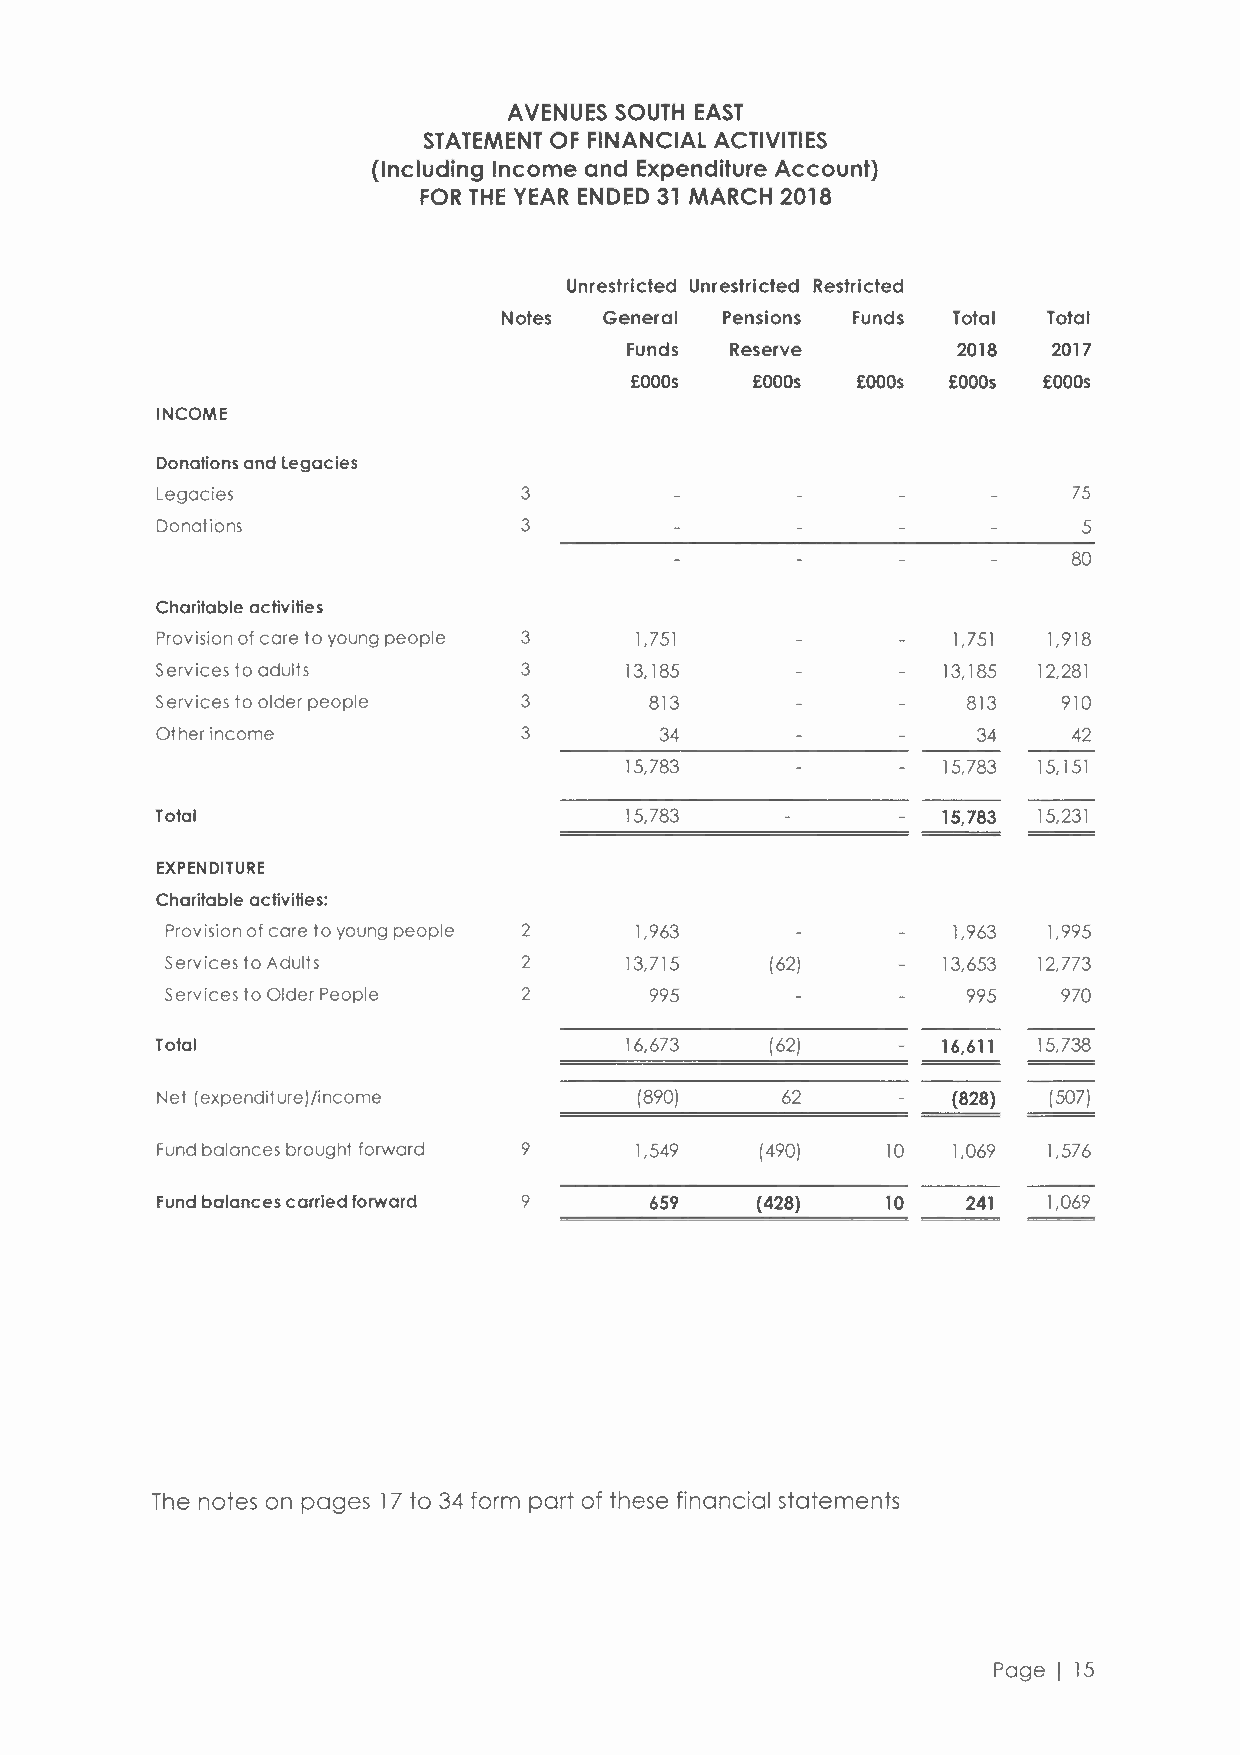
AVENUES SOUTH EAST
 STATEMENT OF FINANCIAL ACTIVITIES
 (Including Income and Expenditure Account)
 FOR THE YEAR ENDED 31 MARCH 2018
 Unrestricted Unrestricted Restricted
 Notes  General Pensions Funds Total Total
 Funds  Reserve        2018   2017
 £OOOs   £OOOs  £OOOs £OOOs £OOOs
 INCOME
 Donations and legacies
 Legacies                3                                    75
 Donations                3                                    5
 80
 Charitable activities
 Provision of care to young people 3 1,751            1.751 1,918
 Services to adults      3      13,185               13,185 12,281
 Services to older people 3       813                  813   910
 Other income            3         34                   34    42
 15,783               15,783 15,151
 Total                          15,783               15,783 15,231
 EXPENDITURE
 Charitable activities:
 Provision of care to young people 2 1,963           1,963 1,995
 Services to Adults      2     13,715    (62)       13,653 12,773
 Services to Older People 2      995                  995   970
 Total                          16,673    (62)       16,611 15,738
 Net (expenditure)/income        (890)     62         {828} (507)
 Fundb alances brought forward 9 1,549   (490)    10  1,069 1,576
 Fund balances carried forward 9  659    {428}    10   241  1,069
 The notes on pages 17 to 34 form part of these financial statements
 Page I 15